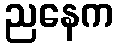
ညနေက